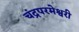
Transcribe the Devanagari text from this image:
चंद्रपरमेश्वरी